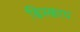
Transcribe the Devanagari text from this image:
बिस्काय